Indian Medical Review
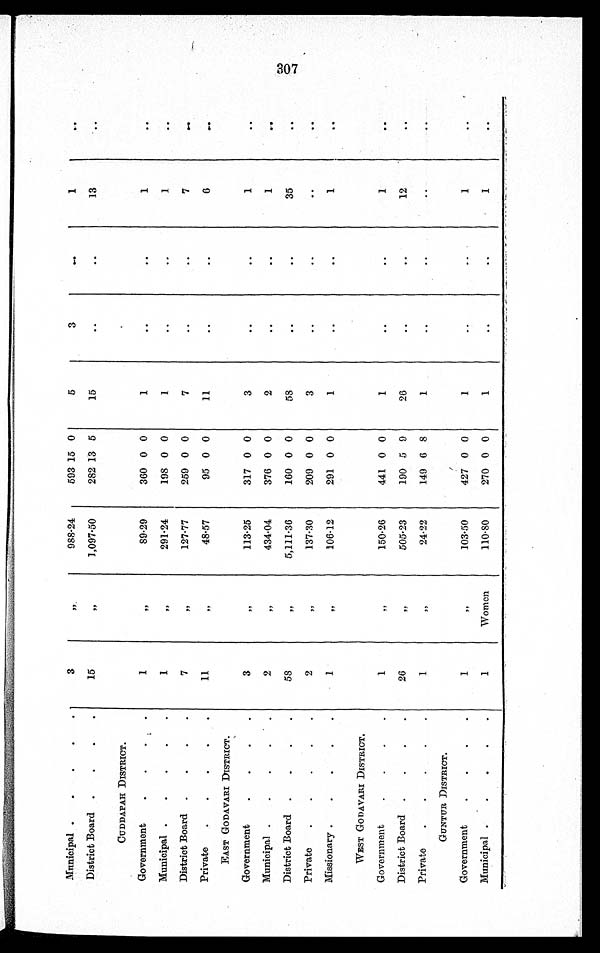
Municipal
3
"
988·24
593 15 0
5
3
..
1
..
District Board
15
"
1,097·50
282 13 5
15
..
..
13
..
CUDDAPAH DISTRICT.
Government
1
"
89·29
360 0 0
1
. .
..
1
..
Municipal
1
"
291·24
198 0 0
1
..
..
1
..
District Board
7
"
127·77
259 0 0
7
..
..
7
..
Private
1 1
"
48·57
95 0 0
11
..
..
6
..
EAST GODAVARI DISTRICT.
Government
3
"
113·25
317 0 0
3
..
..
1
..
Municipal
2
"
434·04
376 0 0
2
..
..
1
..
District Board
58
"
5,111·36
160 0 0
58
..
..
35
..
Private
2
"
137·30
209 0 0
3
..
..
. .
..
Missionary
1
"
106·12
291 0 0
1
..
..
1
..
WEST GODAVARI DISTRICT.
Government
1
"
150·26
441 0 0
1
..
..
1
..
District Board
26
"
505·23
190 5 9
26
..
..
12
..
Private
1
"
24·22
149 6 8
1
..
..
..
..
GUNTUR DISTRICT.
Government
1
"
103·50
427 0 0
1
..
..
1
..
Municipal
1
Women
110·80
270 0 0
1
. .
..
1
..
O